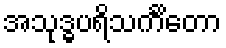
အသုဒ္ဓပရိသင်္ကိတော